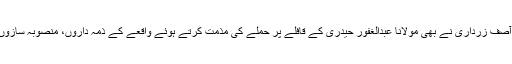
پیپلز پارٹی کے شریک چیئرمین آصف زرداری نے بھی مولانا عبدالغفور حیدری کے قافلے پر حملے کی مذمت کرتے ہوئے واقعے کے ذمہ داروں، منصوبہ سازوں کو گرفتار کرنے کا مطالبہ کیا۔